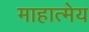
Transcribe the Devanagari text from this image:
माहात्मेय